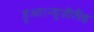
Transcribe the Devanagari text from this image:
हुआ।न्यूजीलैंड